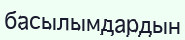
басылымдардын